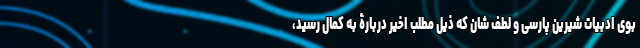
بوی ادبیات شیرین پارسی و لطف شان که ذیل مطلب اخیر دربارۀ به کمال رسید،